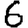
Digit: 6